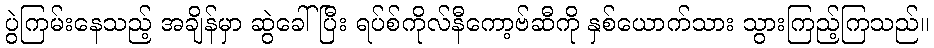
ပွဲကြမ်းနေသည့် အချိန်မှာ ဆွဲခေါ်ပြီး ရပ်စ်ကိုလ်နီကော့ဗ်ဆီကို နှစ်ယောက်သား သွားကြည့်ကြသည်။